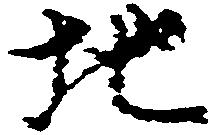
地